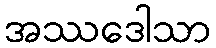
အဿဒေါသာ